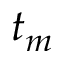
t _ { m }